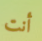
أنت